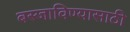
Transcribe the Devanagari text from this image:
बस्जाविण्यासाठी